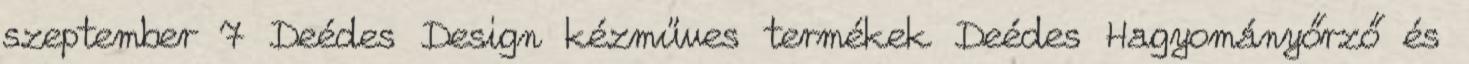
szeptember 7 Deédes Design kézműves termékek Deédes Hagyományőrző és